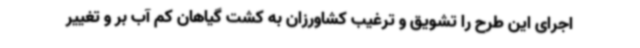
اجرای این طرح را تشویق و ترغیب کشاورزان به کشت گیاهان کم آب بر و تغییر